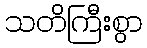
သတိကြီးစွာ